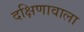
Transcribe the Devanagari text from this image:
दक्षिणावाला